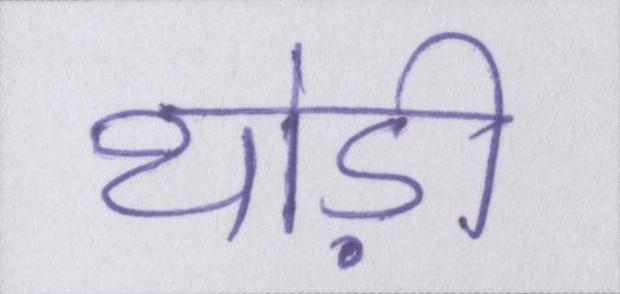
थोड़ी